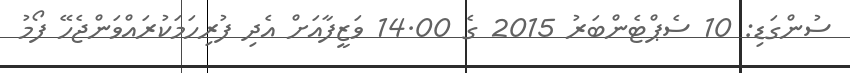
ސުންގަޑި: 10 ސެޕްޓެންބަރު 2015 ގެ 14.00 ވަޒީފާއަށް އެދި ފުރިހަމަކުރައްވަންޖެހޭ ފޯމު